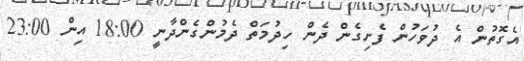
އެގޮތުން އެ ދުވަހުން ފެށިގެން ދެން ހިދުމަތް ދެމުންގެންދާނީ 18:00 އިން 23:00